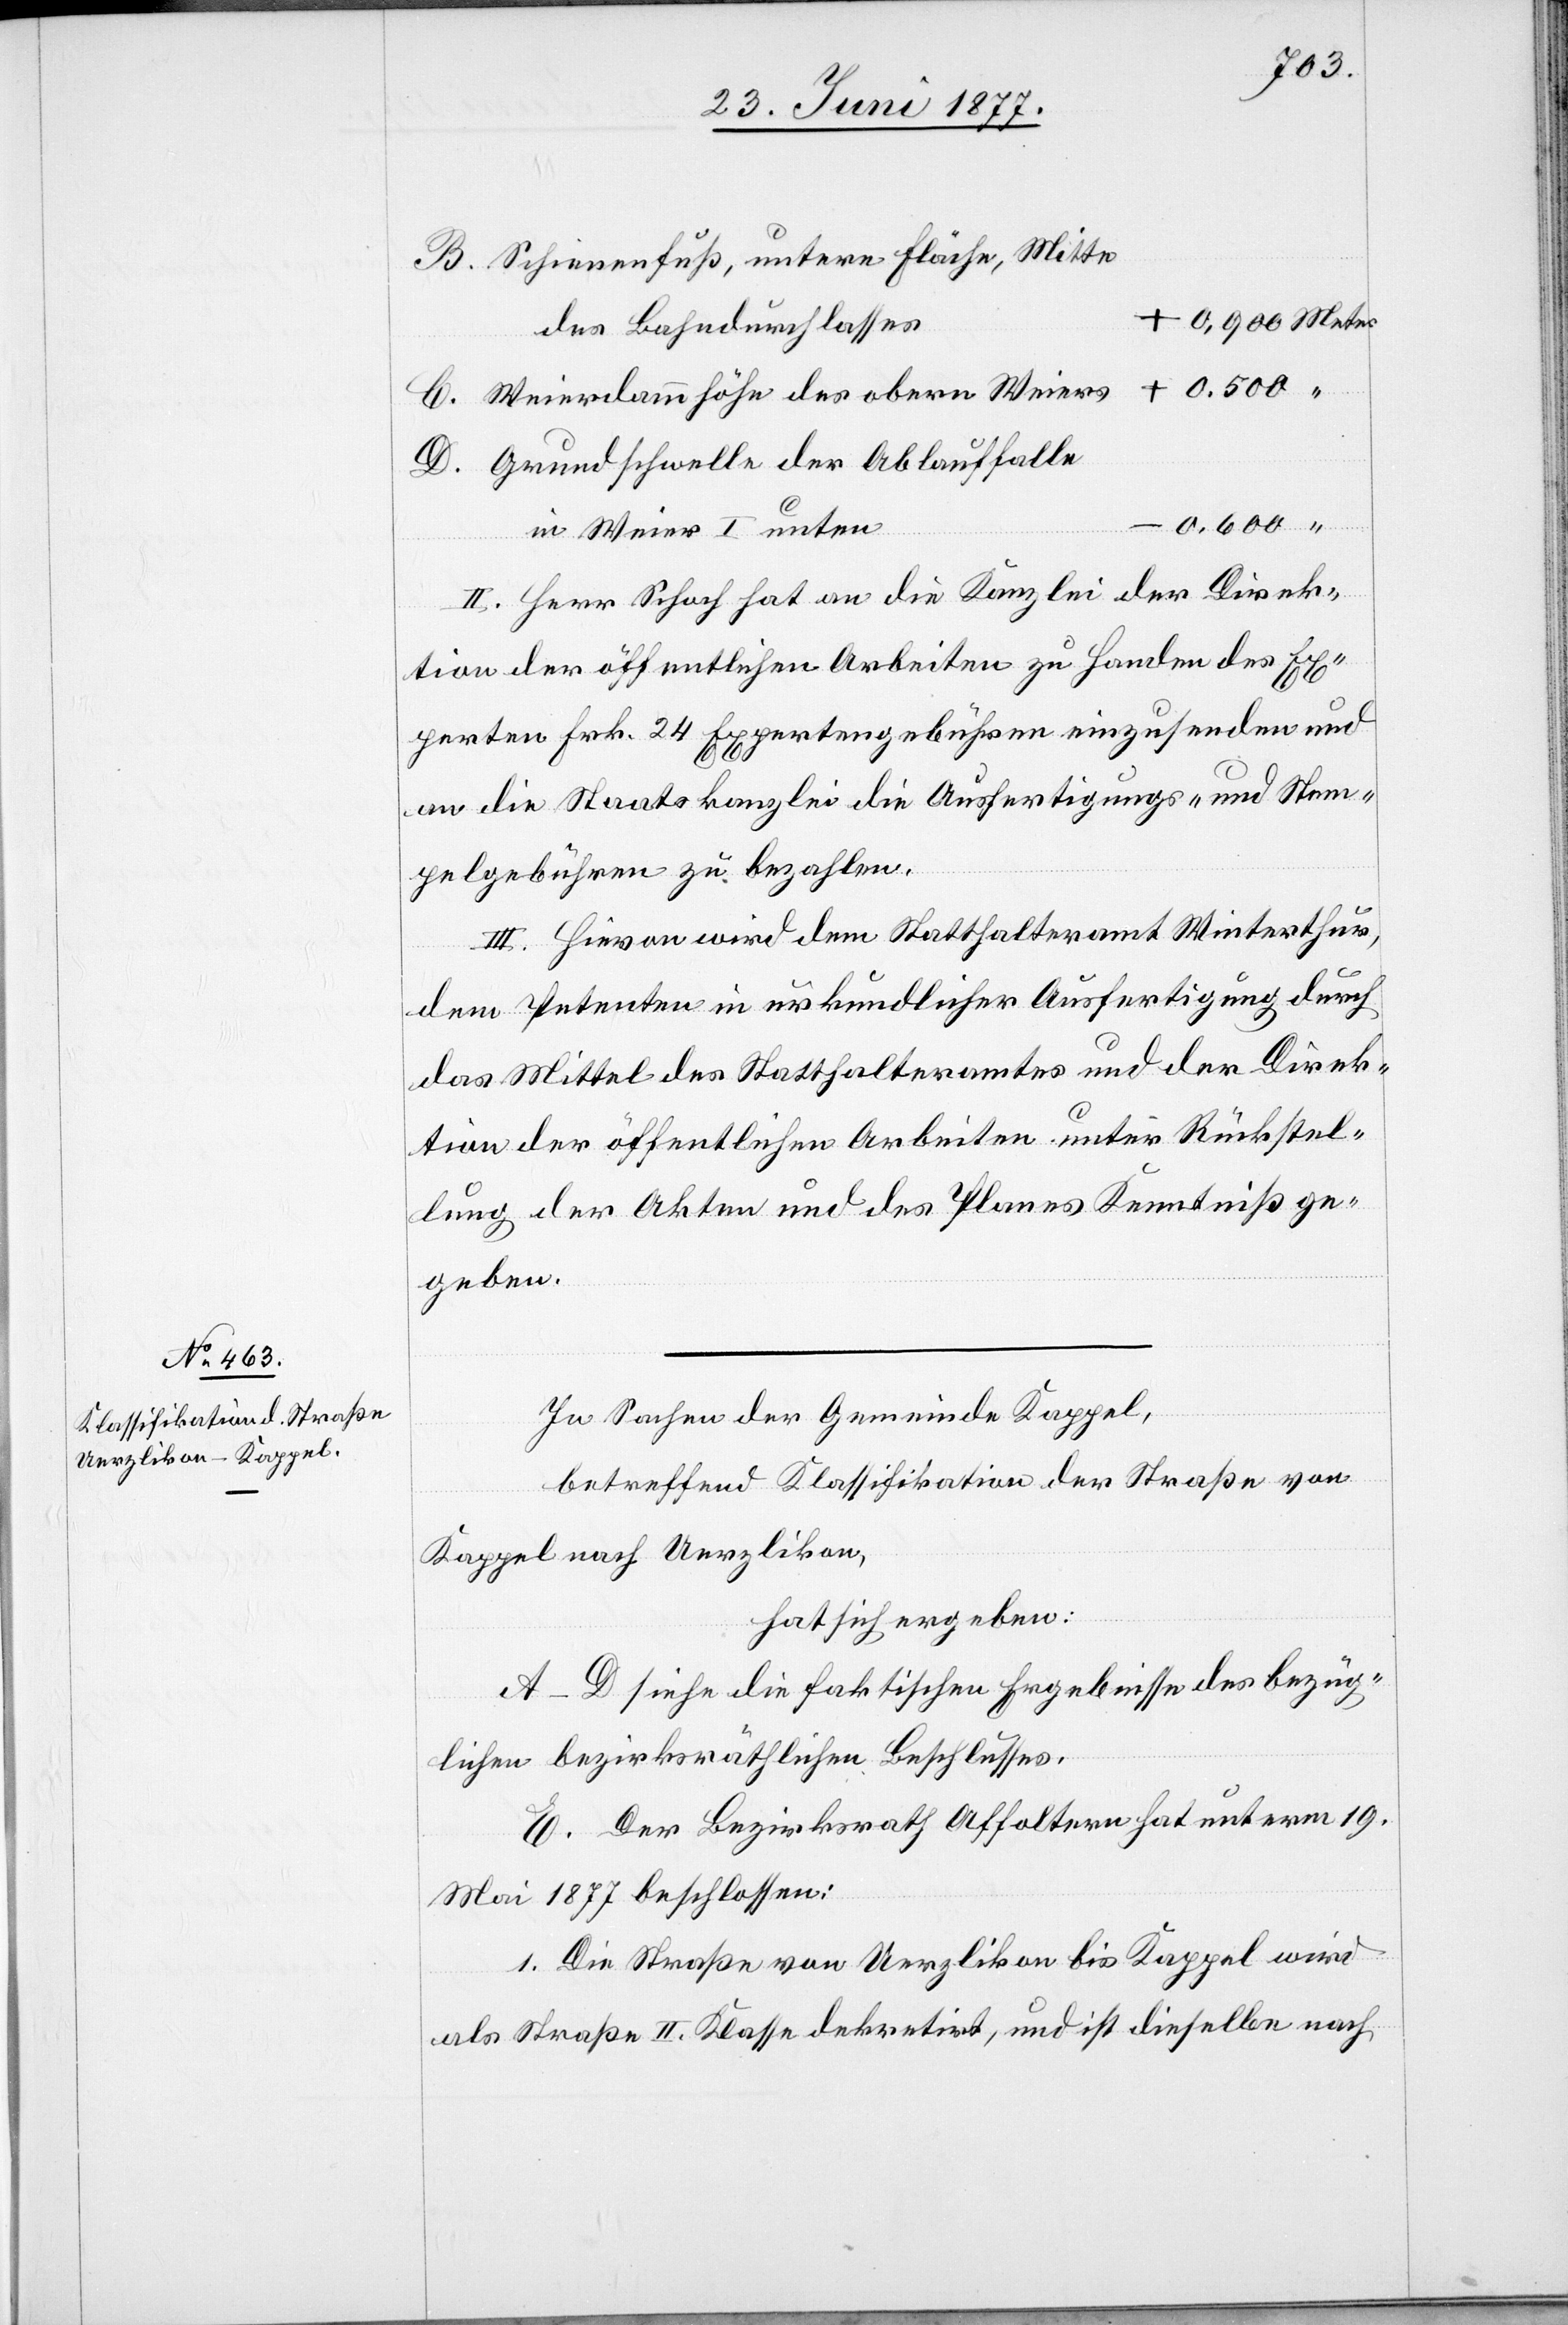
Schienenfuß, untere Fläche, Mitte
des Bahndurchlasses
Weierdammhöhe des obern Weiers
Grundschwelle der Ablauffalle
D.
in Weier I unten
II. Herr Schoch hat an die Kanzlei der Direk¬
tion der öffentlichen Arbeiten zu Handen des Ex¬
perten Frk. 24 Expertengebühren einzusenden und
an die Staatskanzlei die Ausfertigungs- und Stem¬
pelgebühren zu bezahlen.
III. Hievon wird dem Statthalteramt Winterthur,
dem Petenten in urkundlicher Ausfertigung durch
das Mittel des Statthalteramtes und der Direk¬
tion der öffentlichen Arbeiten unter Rückstel¬
lung der Akten und des Planes Kenntniß ge¬
geben.
In Sachen der Gemeinde Kappel,
betreffend Klassifikation der Straße von
Kappel nach Uerzlikon,
hat sich ergeben:
A–D siehe die faktischen Ergebnisse des bezüg¬
lichen bezirksräthlichen Beschlusses.
E. Der Bezirksrath Affoltern hat unterm 19.
Mai 1877 beschlossen:
1. Die Straße von Uerzlikon bis Kappel wird
als Straße II. Klasse dekretirt, und ist dieselbe nach